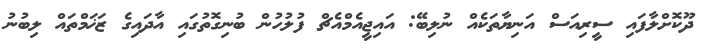
ދޫކޮށްލާފައި ސީރިއަސް އަނިޔާތަކެއް ނުލިބޭ: އައިޖީއެމްއެޗް ފުލުހުން ބުނިގޮތުގައި އާދައިގެ ޒަޚަމްތައް ލިބުނު